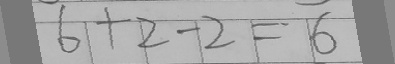
6 + 2 - 2 = 6